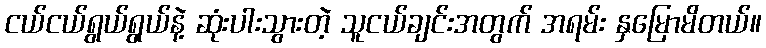
ငယ်ငယ်ရွယ်ရွယ်နဲ့ ဆုံးပါးသွားတဲ့ သူငယ်ချင်းအတွက် အရမ်း နှမြောမိတယ်။